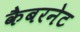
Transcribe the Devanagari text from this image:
कैबरनेट